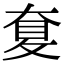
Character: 𡙋